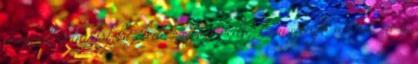
a masik iranybol kozeledo eszkozt pedig katasztrofa atelni. most